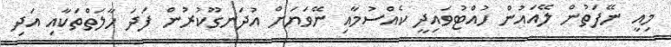
މިއީ ނޭފަތުން ލޭއައުން ހުއްޓުވައިދީ ކެއްސުމާއި ނޭވަޔަށް އުދަނގޫކުރުން ފަދަ ހާލަތްތަކާއި އަދި